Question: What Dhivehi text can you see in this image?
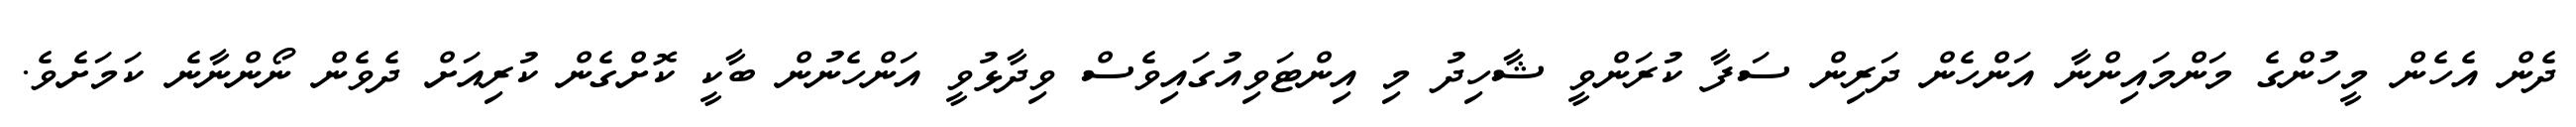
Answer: ދެން އެހެން މީހުންގެ މަންމައިންނާ އަންހެން ދަރިން ސަފާ ކުރަންވީ ޝާހިދު މި އިންޓަވިއުގައިވެސް ވިދާޅުވީ އަންހެނުން ބާކީ ކޮށްގެން ކުރިއަށް ދެވެން ނޯންނާނެ ކަމަށެވެ.